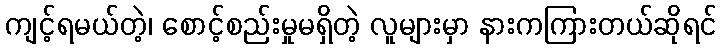
ကျင့်ရမယ်တဲ့၊ စောင့်စည်းမှုမရှိတဲ့ လူများမှာ နားကကြားတယ်ဆိုရင်